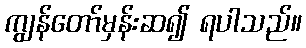
ကျွန်တော်မှန်းဆ၍ ရပါသည်။